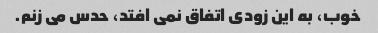
خوب، به این زودی اتفاق نمی افتد، حدس می زنم.